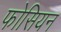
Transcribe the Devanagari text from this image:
फोसियन